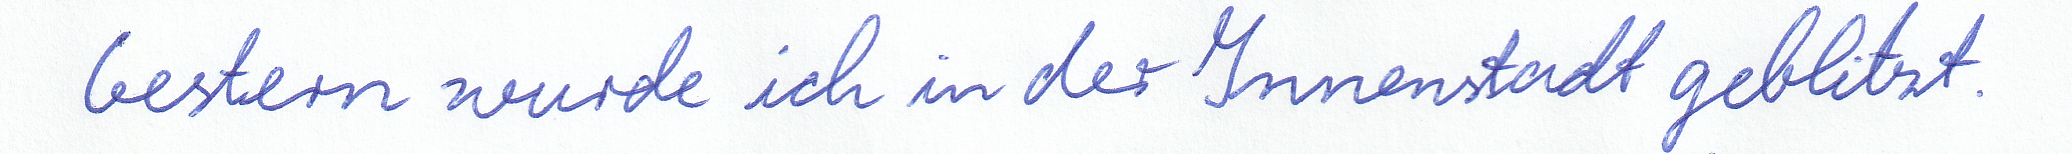
Gestern wurde ich in der Innenstadt geblitzt.